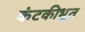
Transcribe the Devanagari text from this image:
कंटकीभूत